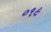
૦૧૯